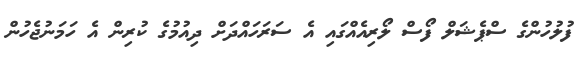
ފުލުހުންގެ ސްޕެޝަލް ފޯސް ލޯރިއެއްގައި އެ ސަރަހައްދަށް ދިއުމުގެ ކުރިން އެ ހަމަނުޖެހުން